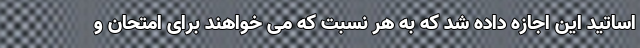
اساتید این اجازه داده شد که به هر نسبت که می خواهند برای امتحان و